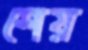
শেয়